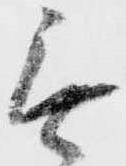
無